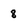
Character: 8